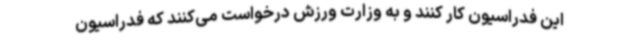
این فدراسیون کار کنند و به وزارت ورزش درخواست می‌کنند که فدراسیون